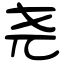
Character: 尧